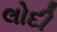
લોદી